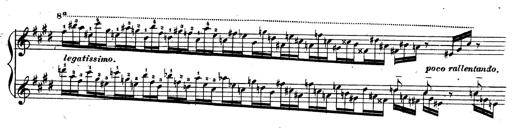
Title: 3 Caprices-Valses
Composer: Franz Liszt